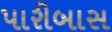
પારીબાસ